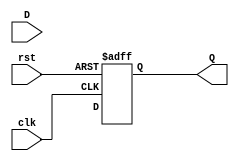
module DFF_Delay (
    input wire clk,
    input wire rst,
    input wire D,
    output reg Q
);

// Synthesize a delay in the input signal to synchronize with clock signal
reg delayed_D;

// Buffer to introduce a fixed delay
bufif1 #(1) buf_delay (
    .A(D),
    .Z(delayed_D),
    .E(clk)
);

// D flip-flop to latch the synchronized input signal
always @(posedge clk or posedge rst) begin
    if (rst) begin
        Q <= 1'b0;
    end else begin
        Q <= delayed_D;
    end
end

endmodule